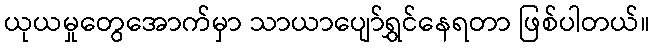
ယုယမှုတွေအောက်မှာ သာယာပျော်ရွှင်နေရတာ ဖြစ်ပါတယ်။